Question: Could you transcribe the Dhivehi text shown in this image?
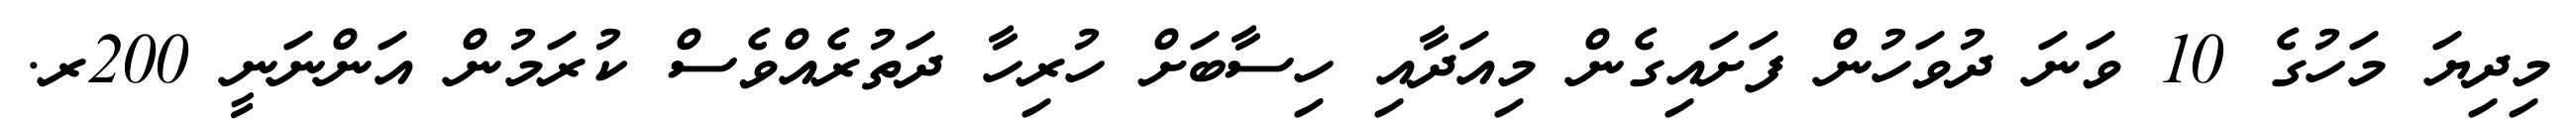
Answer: މިދިޔަ މަހުގެ 10 ވަނަ ދުވަހުން ފަށައިގެން މިއަދާއި ހިސާބަށް ހުރިހާ ދަތުރެއްވެސް ކުރަމުން އަންނަނީ 200ރ.